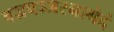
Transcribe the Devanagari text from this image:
वज्रपञ्जरनामेदं